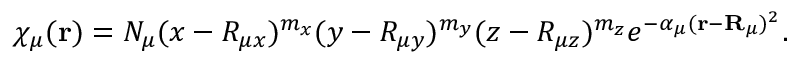
\chi _ { \mu } ( \mathbf { r } ) = N _ { \mu } ( x - R _ { \mu x } ) ^ { m _ { x } } ( y - R _ { \mu y } ) ^ { m _ { y } } ( z - R _ { \mu z } ) ^ { m _ { z } } e ^ { - \alpha _ { \mu } ( \mathbf { r } - \mathbf { R } _ { \mu } ) ^ { 2 } } .